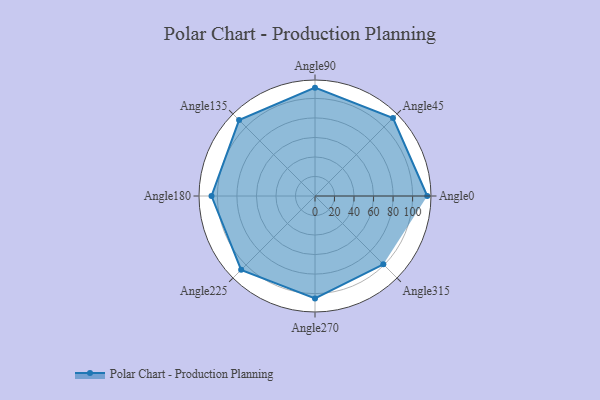
{"axis": {"x": "Angle", "y": "Radius"}, "legend": [""], "data": [{"x": "Angle0", "y": 115.0, "type": ""}, {"x": "Angle45", "y": 113.0, "type": ""}, {"x": "Angle90", "y": 111.0, "type": ""}, {"x": "Angle135", "y": 110.0, "type": ""}, {"x": "Angle180", "y": 106.0, "type": ""}, {"x": "Angle225", "y": 107.0, "type": ""}, {"x": "Angle270", "y": 105.0, "type": ""}, {"x": "Angle315", "y": 99.0, "type": ""}]}